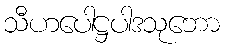
သီဟပေါဋ္ဌပါဒသုဘော